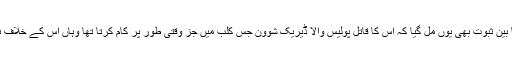
جارج کا قتل نسلی منافرت پر مبنی پولیس بربریت کا نتیجہ تھا اس کا بیّن ثبوت بھی یوں مل گیا کہ اس کا قاتل پولیس والا ڈیریک شوون جس کلب میں جز وقتی طور پر کام کرتا تھا وہاں اس کے خلاف نسلی امتیاز سے آلودہ معاندانہ سلوک کی کئی شکایتیں درج ہوئی تھیں۔